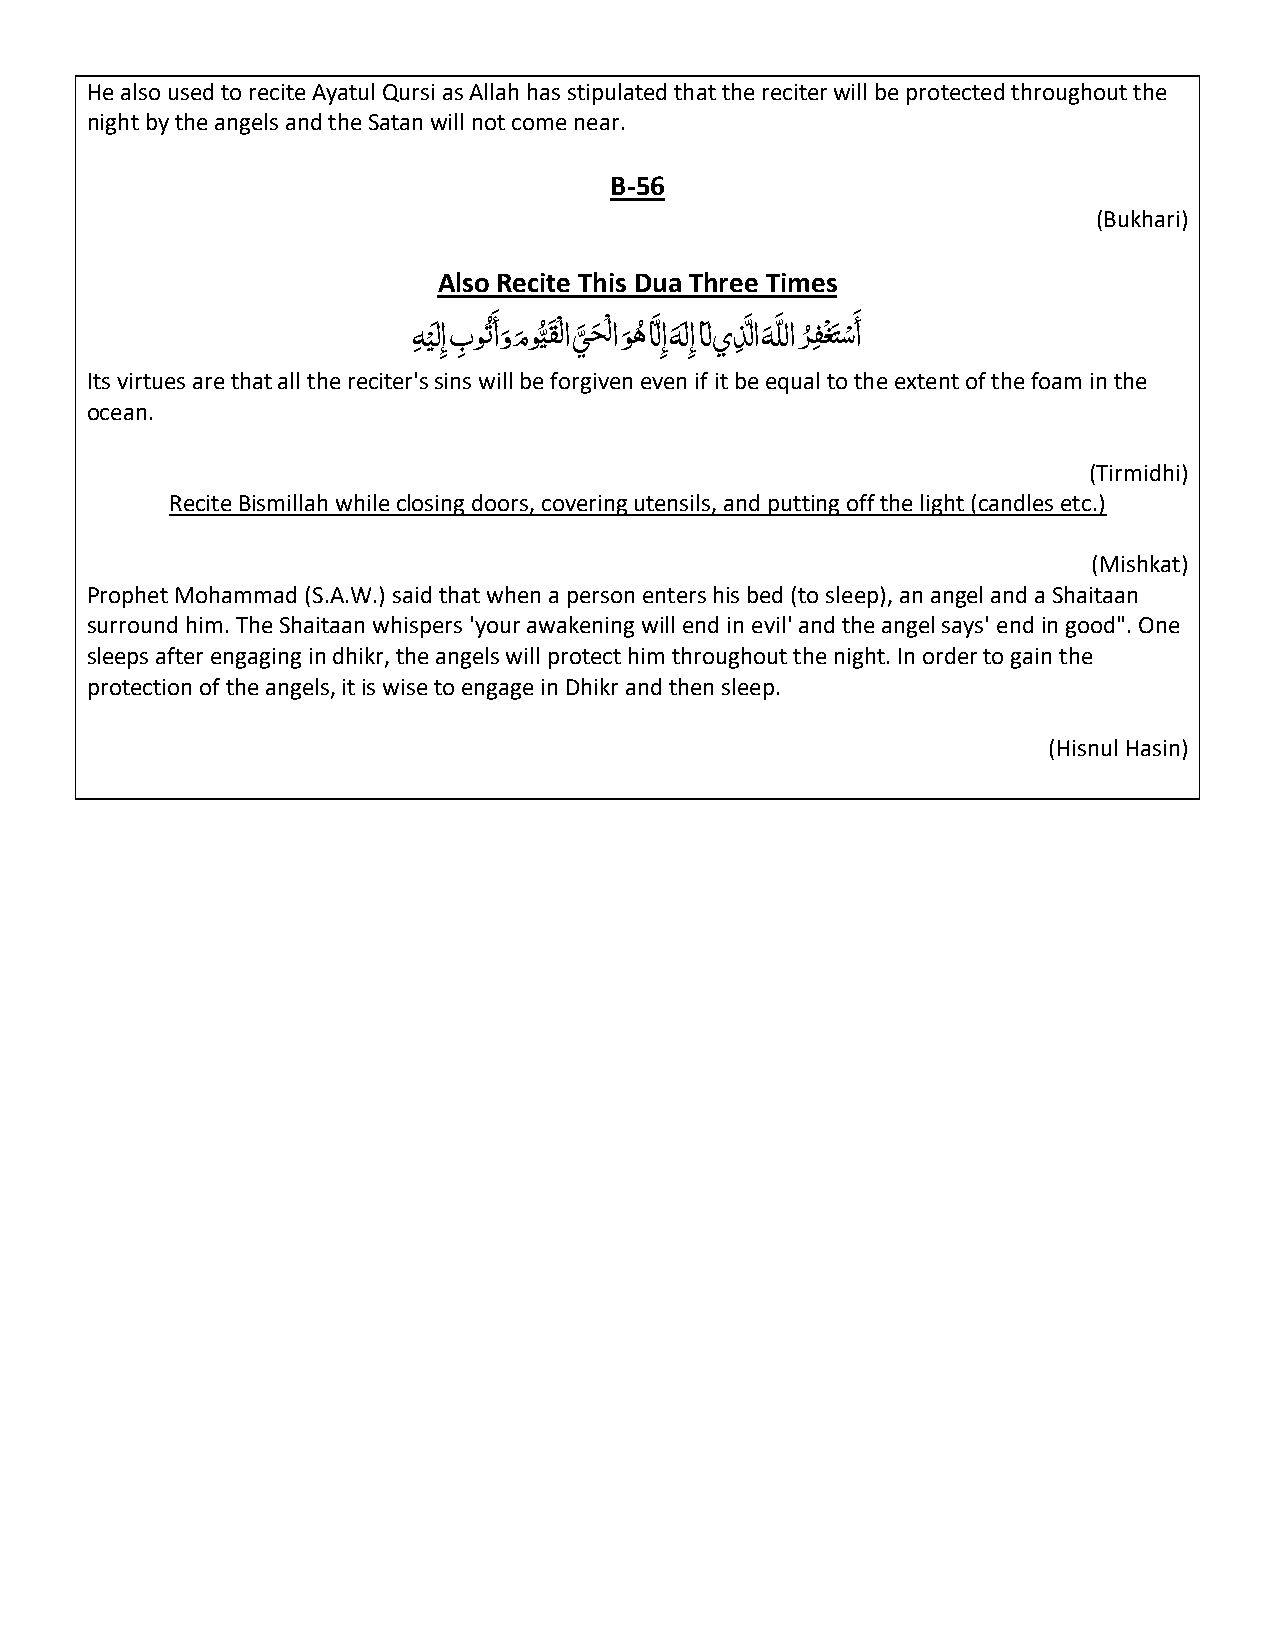
He also used to recite Ayatul Qursi as Allah has stipulated that the reciter will be protected throughout the
 night by the angels and the Satan will not come near.
 B-56
 (Bukhari)
 Also Recite This Dua Three Times
 ْهِ ْيَّلِإ بِ وتَُّ أو
 َّ
 م
 َّ
 و
 ُ
 يَّقْلا ي
 َّ
 ح
 َّ
 ْلا و
 َّ
 ه
 ُ
 اَّ لِإ ه
 َّ
 َّلِإ اَّل يذِ َّ لا ه
 َّ
 َّ للا ر
 ُ
 فِ ْغ َّتس
 ْ
 َّ أ
 Its virtues are that all the reciter's sins will be forgiven even if it be equal to the extent of the foam in the
 ocean.
 (Tirmidhi)
 Recite Bismillah while closing doors, covering utensils, and putting off the light (candles etc.)
 (Mishkat)
 Prophet Mohammad (S.A.W.) said that when a person enters his bed (to sleep), an angel and a Shaitaan
 surround him. The Shaitaan whispers 'your awakening will end in evil' and the angel says' end in good". One
 sleeps after engaging in dhikr, the angels will protect him throughout the night. In order to gain the
 protection of the angels, it is wise to engage in Dhikr and then sleep.
 (Hisnul Hasin)